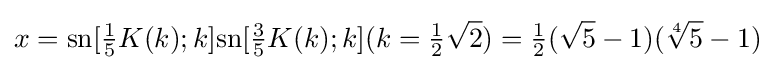
x={\text{sn}}[{\tfrac {1}{5}}K(k);k]{\text{sn}}[{\tfrac {3}{5}}K(k);k](k={\tfrac {1}{2}}{\sqrt {2}})={\tfrac {1}{2}}({\sqrt {5}}-1)({\sqrt[{4}]{5}}-1)